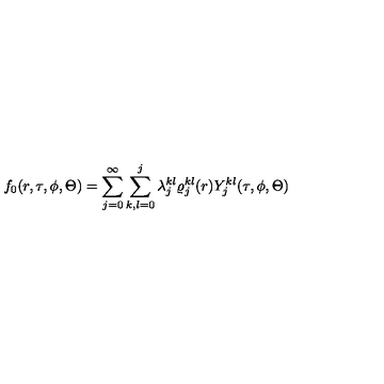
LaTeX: f _ { 0 } ( r , \tau , \phi , \Theta ) = \sum _ { j = 0 } ^ { \infty } \sum _ { k , l = 0 } ^ { j } \lambda _ { j } ^ { k l } \varrho _ { j } ^ { k l } ( r ) Y _ { j } ^ { k l } ( \tau , \phi , \Theta )